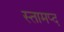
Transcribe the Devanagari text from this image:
स्तामप्द